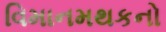
વિમાનમથકનો